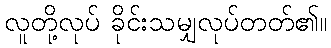
လူတို့လုပ် ခိုင်းသမျှလုပ်တတ်၏။